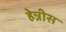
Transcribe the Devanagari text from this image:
हेन्रीस